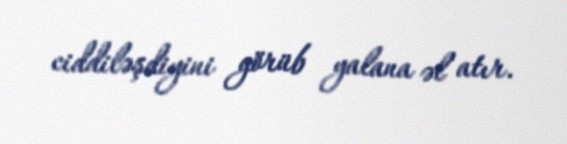
ciddiləşdiyini görüb yalana əl atır.